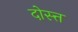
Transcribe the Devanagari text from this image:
दोस्त्त